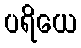
ပရိယေ